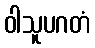
ဝါသူပဂတံ